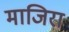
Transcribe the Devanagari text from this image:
माजिरा